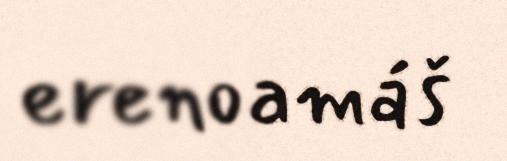
erenoamáš